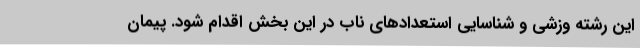
این رشته وزشی و شناسایی استعدادهای ناب در این بخش اقدام شود. پیمان